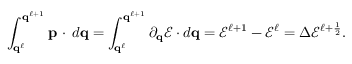
\int _ { \mathbf { q } ^ { \ell } } ^ { \mathbf { q } ^ { \ell + 1 } } \mathbf { p } \, \cdot \, d \mathbf { q } = \int _ { \mathbf { q } ^ { \ell } } ^ { \mathbf { q } ^ { \ell + 1 } } \partial _ { \mathbf { q } } \mathcal { E } \cdot d \mathbf { q } = \mathcal { E } ^ { \ell + 1 } - \mathcal { E } ^ { \ell } = \Delta \mathcal { E } ^ { \ell + \frac { 1 } { 2 } } .